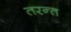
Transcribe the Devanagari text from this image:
तरन्त